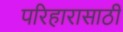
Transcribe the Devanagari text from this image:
परिहारासाठी